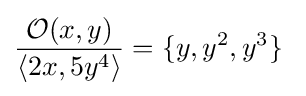
{\frac {{\mathcal {O}}(x,y)}{\langle 2x,5y^{4}\rangle }}=\{y,y^{2},y^{3}\}\